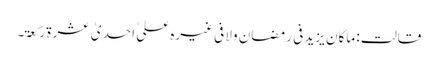
قالت : ماکان یزید فی رمضان ولا فی غیرہ علی ٰ احدیٰ عشرۃ رکعۃ۔